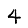
Digit: 4